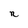
Character: n